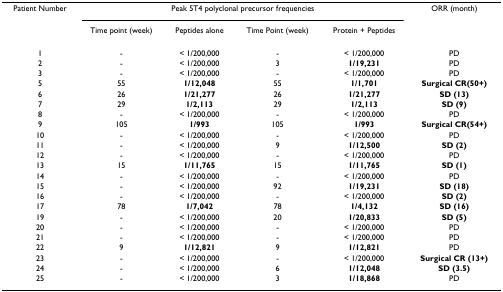
| Patient Number | <COLSPAN=4> Peak 5T4 polyclonal precursor frequencies | ORR (month) |
 |  | Time point (week) | Peptides alone | Time Point (week) | Protein + Peptides |  |
 | --- | --- | --- | --- | --- | --- |
 | 1 | - | < 1/200,000 | - | < 1/200,000 | PD |
 | 2 | - | < 1/200,000 | 3 | 1/19,231 | PD |
 | 3 | - | < 1/200,000 | - | < 1/200,000 | PD |
 | 5 | 55 | 1/12,048 | 55 | 1/1,701 | Surgical CR(50+) |
 | 6 | 26 | 1/21,277 | 26 | 1/21,277 | SD (13) |
 | 7 | 29 | 1/2,113 | 29 | 1/2,113 | SD (9) |
 | 8 | - | < 1/200,000 | - | < 1/200,000 | PD |
 | 9 | 105 | 1/993 | 105 | 1/993 | Surgical CR(54+) |
 | 10 | - | < 1/200,000 | - | < 1/200,000 | PD |
 | 11 | - | < 1/200,000 | 9 | 1/12,500 | SD (2) |
 | 12 | - | < 1/200,000 | - | < 1/200,000 | PD |
 | 13 | 15 | 1/11,765 | 15 | 1/11,765 | SD (1) |
 | 14 | - | < 1/200,000 | - | < 1/200,000 | PD |
 | 15 | - | < 1/200,000 | 92 | 1/19,231 | SD (18) |
 | 16 | - | < 1/200,000 | - | < 1/200,000 | SD (2) |
 | 17 | 78 | 1/7,042 | 78 | 1/4,132 | SD (16) |
 | 19 | - | < 1/200,000 | 20 | 1/20,833 | SD (5) |
 | 20 | - | < 1/200,000 | - | < 1/200,000 | PD |
 | 21 | - | < 1/200,000 | - | < 1/200,000 | PD |
 | 22 | 9 | 1/12,821 | 9 | 1/12,821 | PD |
 | 23 | - | < 1/200,000 | - | < 1/200,000 | Surgical CR (13+) |
 | 24 | - | < 1/200,000 | 6 | 1/12,048 | SD (3.5) |
 | 25 | - | < 1/200,000 | 3 | 1/18,868 | PD |